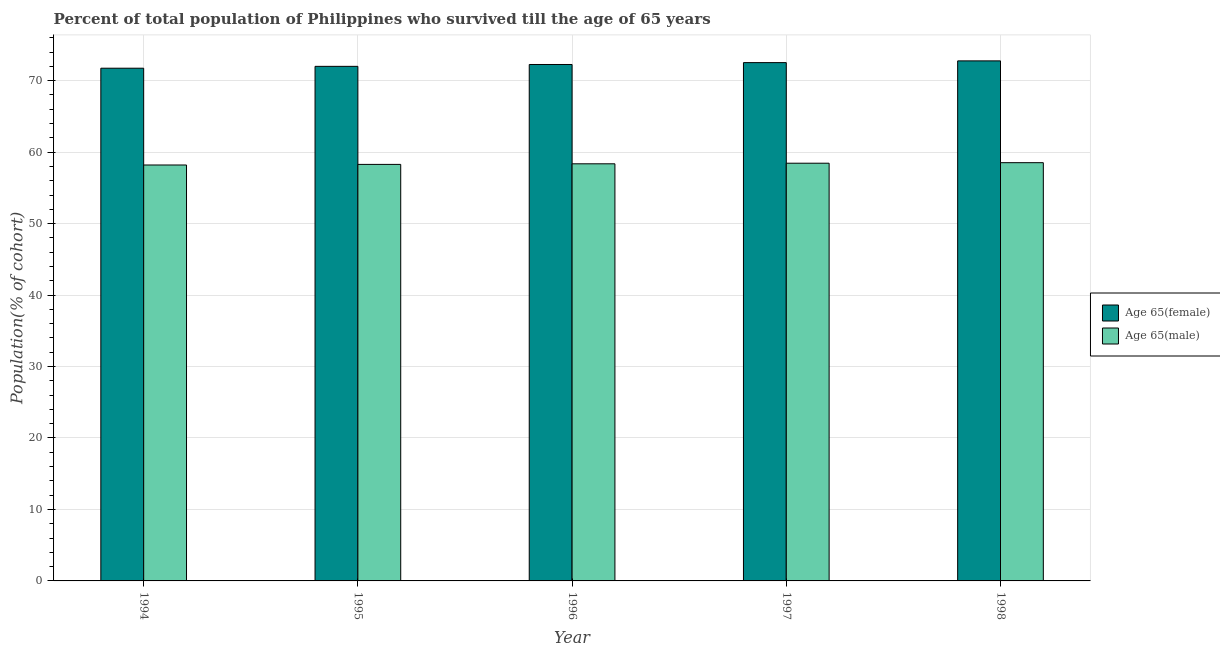
| Year | Age 65(female) | Age 65(male) |
 | --- | --- | --- |
 | 1994 | 71.7 | 58.2 |
 | 1995 | 72 | 58.3 |
 | 1996 | 72.3 | 58.4 |
 | 1997 | 72.5 | 58.5 |
 | 1998 | 72.8 | 58.5 |